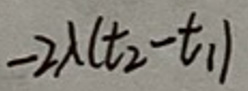
$- 2 \lambda ( t _ { 2 } - t _ { 1 } )$